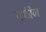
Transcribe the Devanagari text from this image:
वारिन